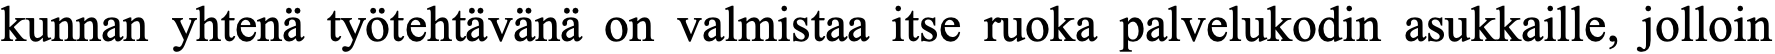
kunnan yhtenä työtehtävänä on valmistaa itse ruoka palvelukodin asukkaille, jolloin